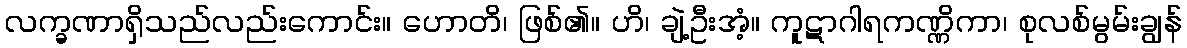
လက္ခဏာရှိသည်လည်းကောင်း။ ဟောတိ၊ ဖြစ်၏။ ဟိ၊ ချဲ့ဦးအံ့။ ကူဋာဂါရကဏ္ဏိကာ၊ စုလစ်မွမ်းချွန်